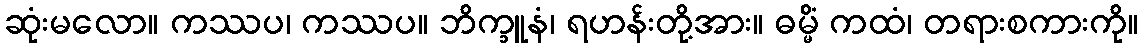
ဆုံးမလော။ ကဿပ၊ ကဿပ။ ဘိက္ခူနံ၊ ရဟန်းတို့အား။ ဓမ္မိံ ကထံ၊ တရားစကားကို။